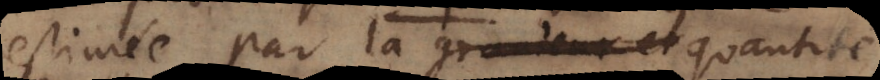
estimée par la grandeur et quantité